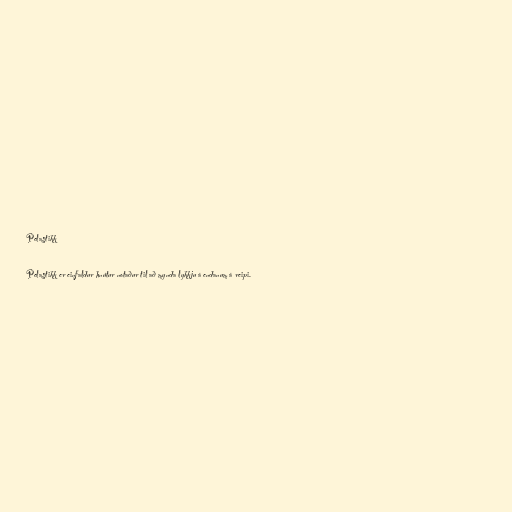
Pelastikk

Pelastikk er einfaldur hnútur notaður til að mynda lykkju á endanum á reipi.